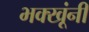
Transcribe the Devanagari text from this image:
भक्खूंनी